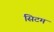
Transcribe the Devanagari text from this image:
सिटम